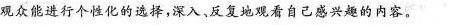
观众能进行个性化的选择，深入、反复地观看自己感兴趣的内容。